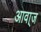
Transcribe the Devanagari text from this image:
आवा्ज